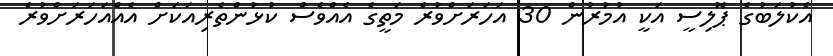
އެކުލަބުގެ ޕޮލިސީ އަކީ އުމުރުން 30 އަހަރަށްވުރެ މަތީގެ އެއްވެސް ކުޅުންތެރިއަކަށް އެއްއަހަރަށްވުރެ